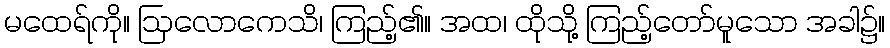
မထေရ်ကို။ ဩလောကေသိ၊ ကြည့်၏။ အထ၊ ထိုသို့ ကြည့်တော်မူသော အခါ၌။